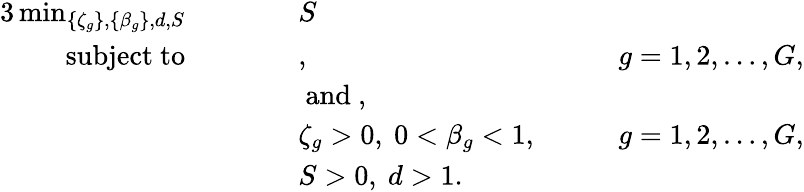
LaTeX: \begin{array}{rlrlrl}{{3}\operatorname*{min}_{\{ \zeta_{g}\} ,\{ \beta_{g}\} ,d,S}}&{\quad}&&{S}&&{}\\ {\mathrm{subject~to}}&{}&&{,}&{\quad}&{g=1,2,\ldots,G,}\\ &{}&&{\mathrm{~and~},}&&{}\\ &{}&&{\zeta_{g}>0,\ 0<\beta_{g}<1,}&{\quad}&{g=1,2,\ldots,G,}\\ &{}&&{S>0,\ d>1.}&&{}\end{array}